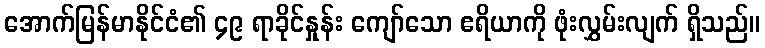
အောက်မြန်မာနိုင်ငံ၏ ၄၉ ရာခိုင်နှုန်း ကျော်သော ဧရိယာကို ဖုံးလွှမ်းလျက် ရှိသည်။